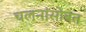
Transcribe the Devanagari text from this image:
चलनांसोबत